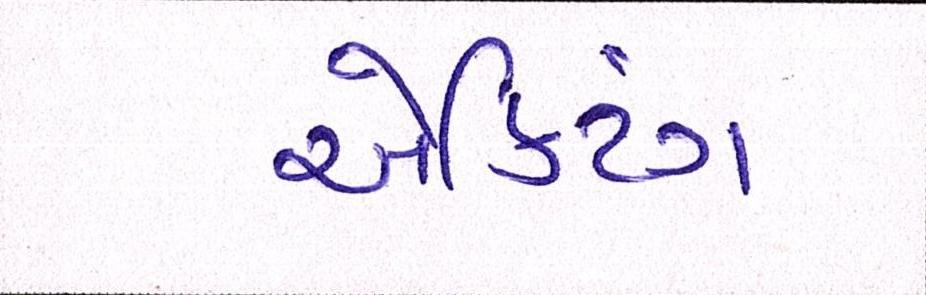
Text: ઍક્ટિંગ